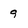
Character: 9